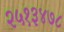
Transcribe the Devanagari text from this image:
२५१३४७८